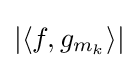
\left|\left\langle f,g_{m_{k}}\right\rangle \right|